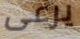
يرعى